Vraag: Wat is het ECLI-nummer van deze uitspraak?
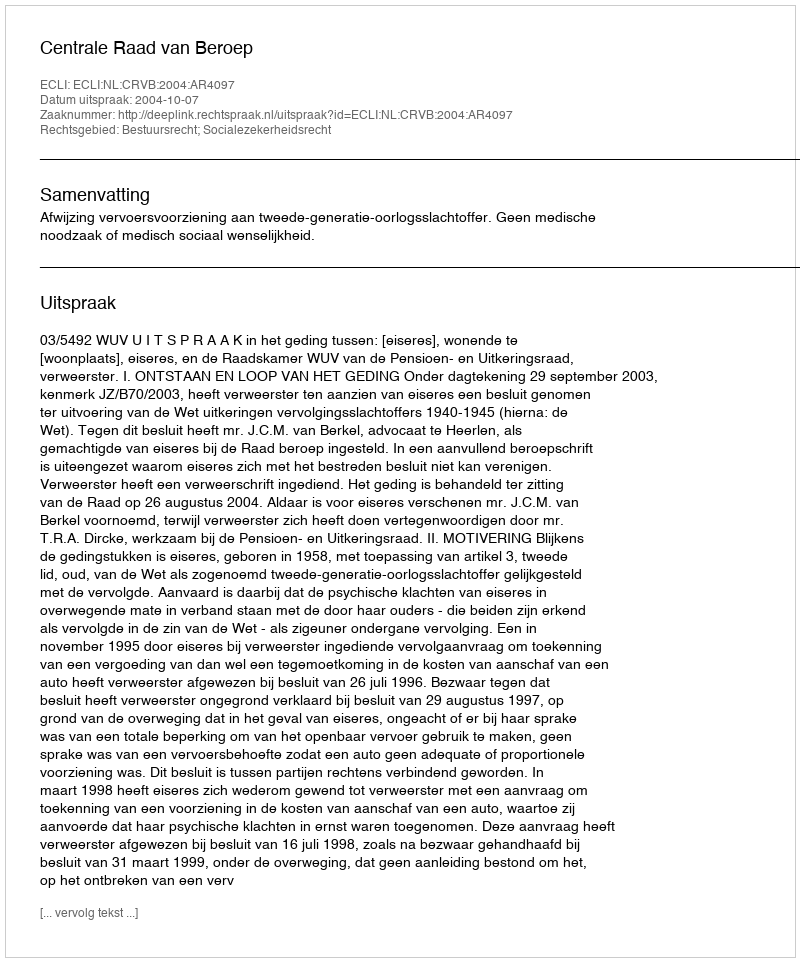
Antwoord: ECLI:NL:CRVB:2004:AR4097